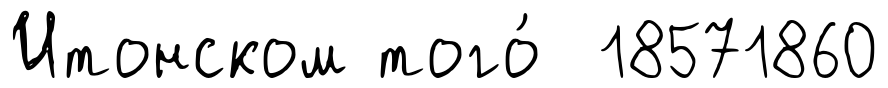
Итонском того́ 18571860